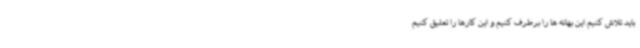
باید تلاش کنیم این بهانه ها را برطرف کنیم و این کارها را تعلیق کنیم